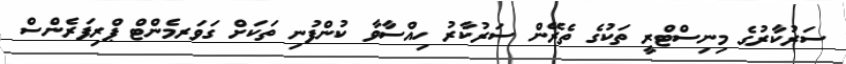
ސަރުކާރުގެ މިނިސްޓްރީ ތަކުގެ ތެރޭން ސަރުކާރު ހިއްސާވާ ކުންފުނި ތަކަށް ގަވަރމެންޓް ޕްރިފަރެންސް